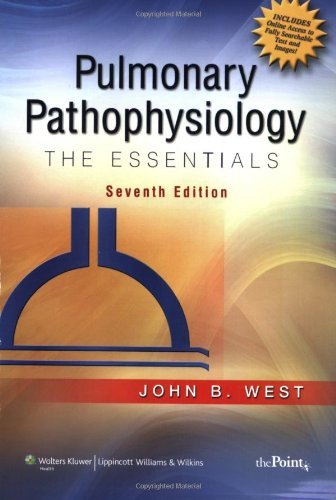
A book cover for Pulmonary Pathophysiology: The Essentials; John B. West; Medical Books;